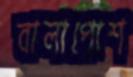
বালাপোশ